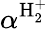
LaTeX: \alpha^{\mathrm{H_{2}^{+}}}